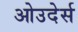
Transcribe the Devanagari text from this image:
ओउदेर्स